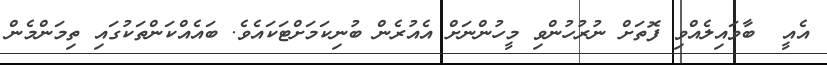
އެއީ  ބާވައިލެއްވި ފޮތަށް ނުރުހުންވި މީހުންނަށް އެއުރެން ބުނިކަމަށްޓަކައެވެ. ބައެއްކަންތަކުގައި ތިމަންމެން